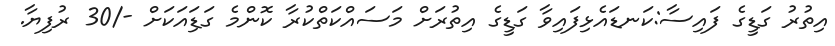
އިތުރު ގަޑީގެ ފައިސާ:ކަނޑައެޅިފައިވާ ގަޑީގެ އިތުރަށް މަސައްކަތްކުރާ ކޮންމެ ގަޑަިއަކަށް -/30 ރުފިޔާ.